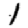
Digit: 1